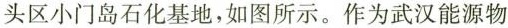
头区小门岛石化基地，如图所示。作为武汉能源物